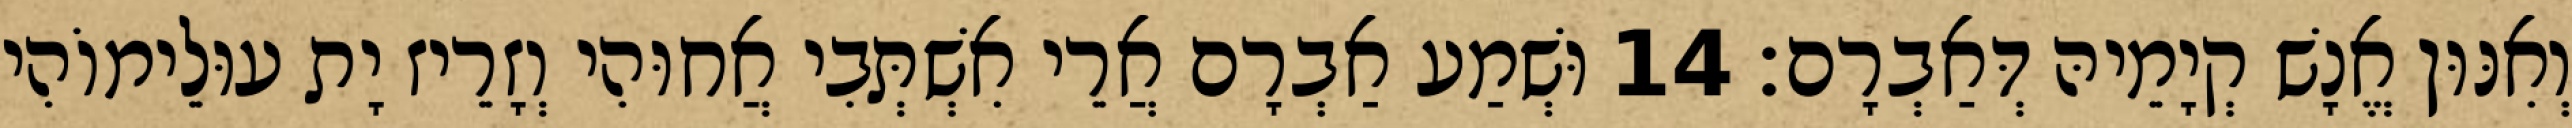
וְאִנּוּן אֱנָשׁ קְיָמֵיהּ דְּאַבְרָם׃ 14 וּשְׁמַע אַבְרָם אֲרֵי אִשְׁתְּבִי אֲחוּהִי וְזָרֵיז יָת עוּלֵימוֹהִי